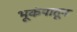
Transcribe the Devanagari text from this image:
भूकंपातून